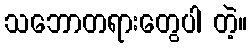
သဘောတရားတွေပါ တဲ့။